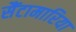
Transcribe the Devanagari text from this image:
सैंटामारिया